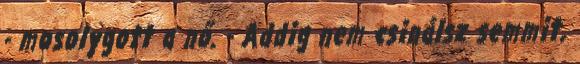
- mosolygott a nő. - Addig nem csinálsz semmit,